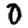
Digit: 0